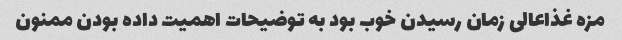
مزه غذاعالی زمان رسیدن خوب بود به توضیحات اهمیت داده بودن ممنون